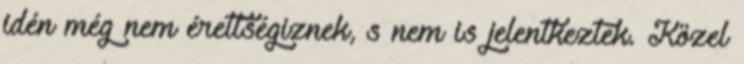
idén még nem érettségiznek, s nem is jelentkeztek. Közel